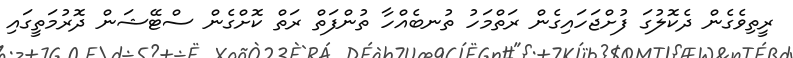
ރީތިވެގެން ދެކޮލުގަ ފުށްޖަހައިގެން ރަތްމަހު ތުނބެއްހާ ތުންފަތް ރަތް ކޮށްގެން ސްޓޭޝަން ދޮރުމަތީގައި